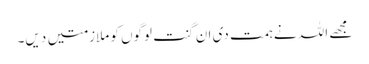
مجھے اللہ نے ہمت دی ان گنت لوگوں کو ملازمتیں دیں۔